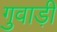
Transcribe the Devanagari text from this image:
गुवाड़ी